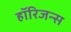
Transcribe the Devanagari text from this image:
हॉरिजन्स